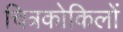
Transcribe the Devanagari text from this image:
चित्रकोकिलों